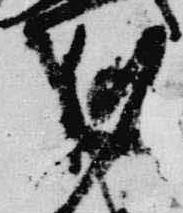
剋